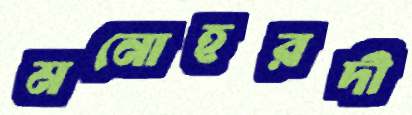
মনোহরদী